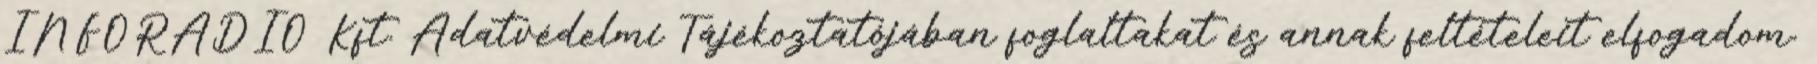
INFORÁDIÓ Kft. Adatvédelmi Tájékoztatójában foglaltakat és annak feltételeit elfogadom.